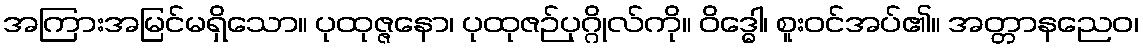
အကြားအမြင်မရှိသော။ ပုထုဇ္ဇနော၊ ပုထုဇဉ်ပုဂ္ဂိုလ်ကို။ ဝိဒ္ဓေါ၊ စူးဝင်အပ်၏။ အတ္တာနညေဝ၊